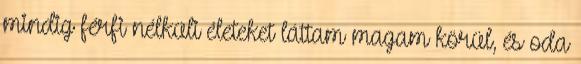
mindig férfi nélküli életeket láttam magam körül, és oda